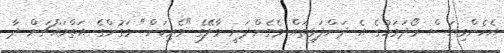
އެހެންވިޔަސް ރޯދަމަހުގެ އެ ދަންފަޅިތައް ވެގެންދަނީ މާލޭގެ "ވެރިކަން" ވަގުންގެ އަތްމައްޗަށް ދާ